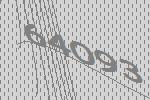
64093